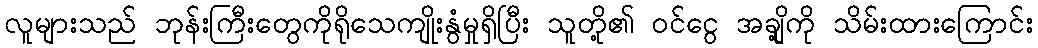
လူများသည် ဘုန်းကြီးတွေကိုရိုသေကျိုးနွံမှုရှိပြီး သူတို့၏ ဝင်ငွေ အချို့ကို သိမ်းထားကြောင်း